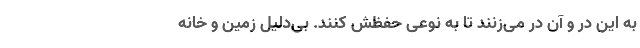
به این در و آن در می‌زنند تا به نوعی حفظش کنند. بی‌دلیل زمین و خانه